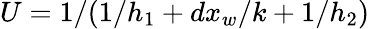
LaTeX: U=1/(1/h_{1}+dx_{w}/k+1/h_{2})